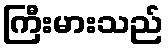
ကြီးမားသည်